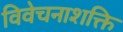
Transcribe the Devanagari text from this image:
विवेचनाशक्ति